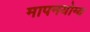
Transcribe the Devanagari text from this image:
मापनयोग्य